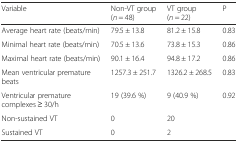
<table><thead><tr><td><b>Variable</b></td><td><b>Non-VT group (<i>n</i> = 48)</b></td><td><b>VT group (<i>n</i> = 22)</b></td><td><b>P</b></td></tr></thead><tbody><tr><td>Average heart rate (beats/min)</td><td>79.5 ± 13.8</td><td>81.2 ± 15.8</td><td>0.83</td></tr><tr><td>Minimal heart rate (beats/min)</td><td>70.5 ± 13.6</td><td>73.8 ± 15.3</td><td>0.86</td></tr><tr><td>Maximal heart rate (beats/min)</td><td>90.1 ± 16.4</td><td>94.8 ± 17.2</td><td>0.86</td></tr><tr><td>Mean ventricular premature beats</td><td>1257.3 ± 251.7</td><td>1326.2 ± 268.5</td><td>0.83</td></tr><tr><td>Ventricular premature complexes ≥ 30/h</td><td>19 (39.6 %)</td><td>9 (40.9 %)</td><td>0.92</td></tr><tr><td>Non-sustained VT</td><td>0</td><td>20</td><td></td></tr><tr><td>Sustained VT</td><td>0</td><td>2</td><td></td></tr></tbody></table>